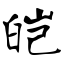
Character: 皑